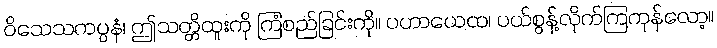
ဝိသေသကပ္ပနံ၊ ဤသတ္တိထူးကို ကြံစည်ခြင်းကို။ ပဟာယေထ၊ ပယ်စွန့်လိုက်ကြကုန်လော့။